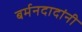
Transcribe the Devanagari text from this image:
बर्मनदादांनी